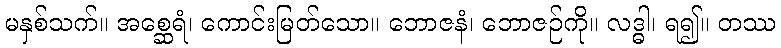
မနှစ်သက်။ အစ္ဆေရံ၊ ကောင်းမြတ်သော။ ဘောဇနံ၊ ဘောဇဉ်ကို။ လဒ္ဓါ၊ ရ၍။ တဿ